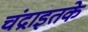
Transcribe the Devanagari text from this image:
चंद्राइतके